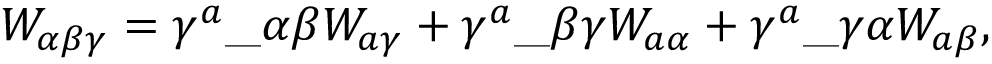
W _ { \alpha \beta \gamma } = \gamma ^ { a } \_ { \alpha \beta } W _ { a \gamma } + \gamma ^ { a } \_ { \beta \gamma } W _ { a \alpha } + \gamma ^ { a } \_ { \gamma \alpha } W _ { a \beta } ,